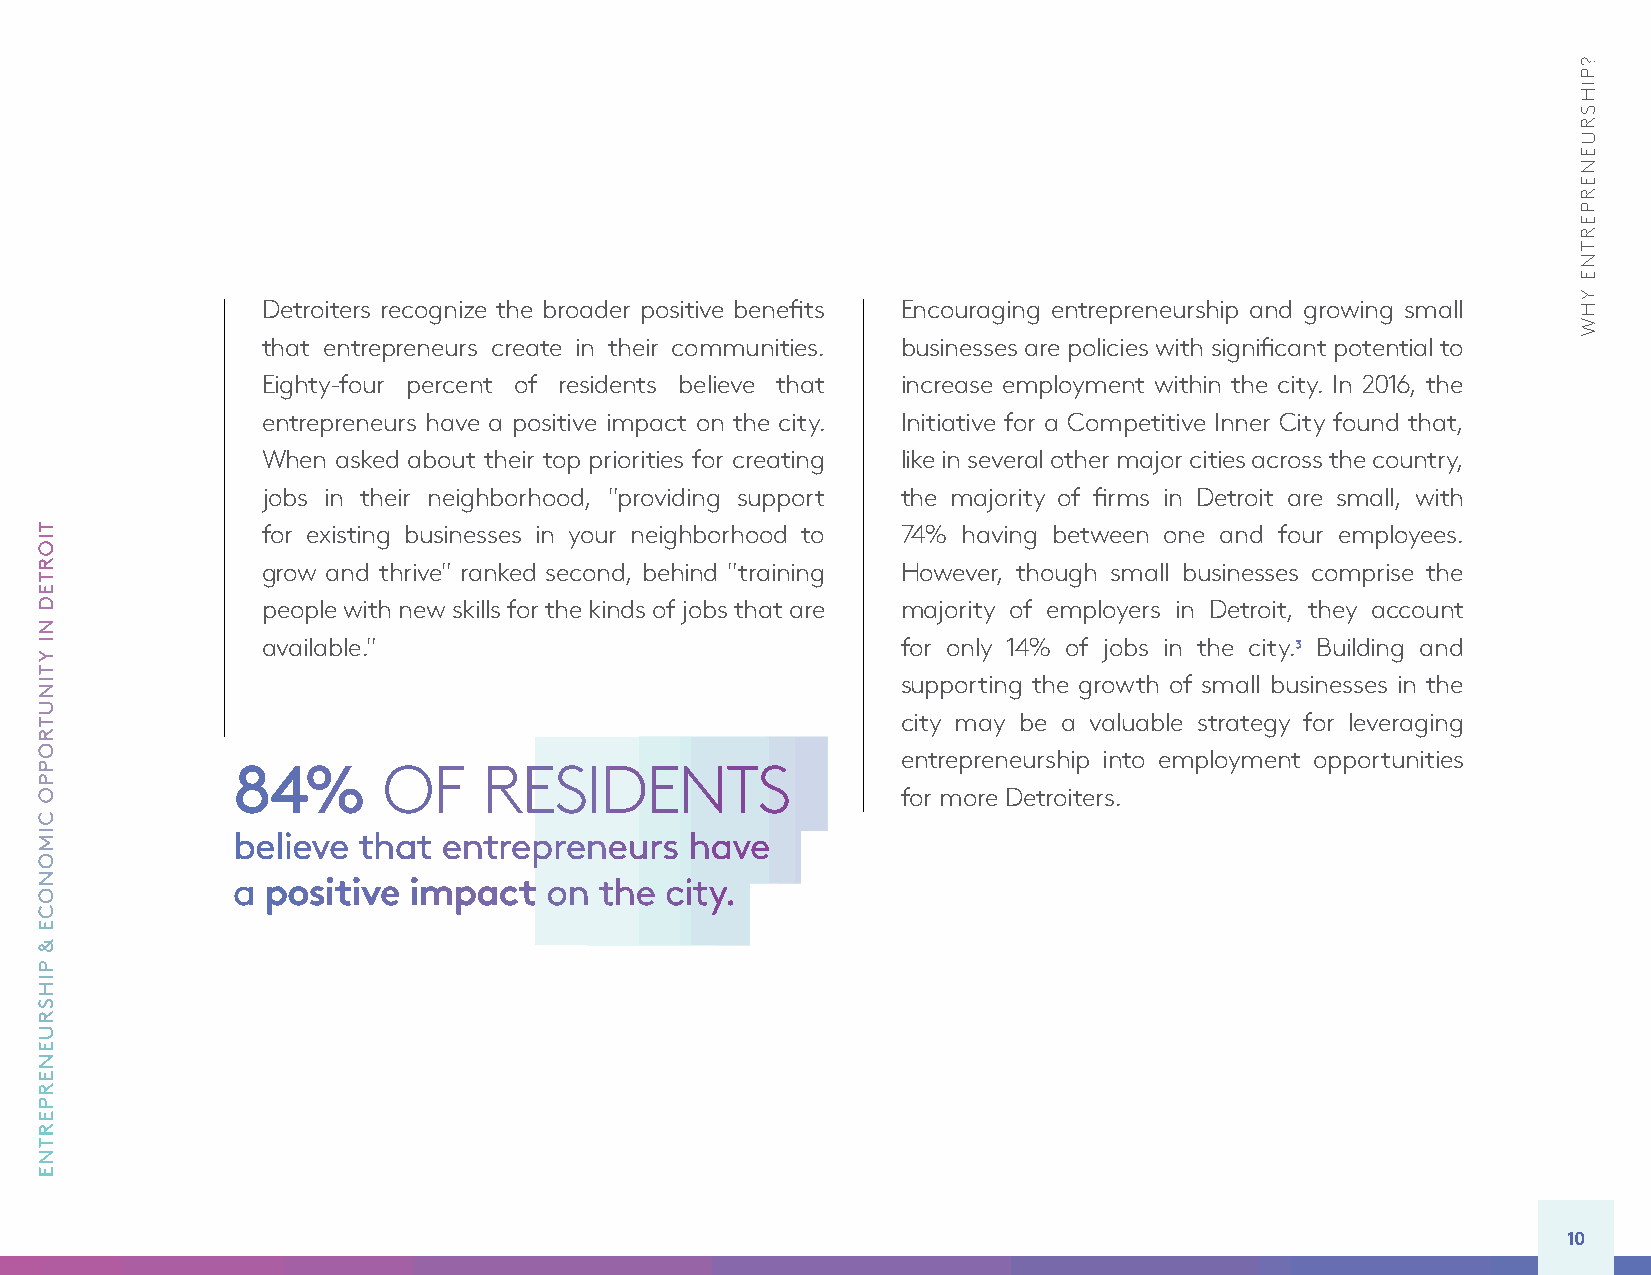
Detroiters recognize the broader positive benefits Encouraging entrepreneurship and growing small
 that entrepreneurs create in their communities. businesses are policies with significant potential to
 Eighty-four percent of residents believe that increase employment within the city. In 2016, the
 entrepreneurs have a positive impact on the city. Initiative for a Competitive Inner City found that,
 When asked about their top priorities for creating like in several other major cities across the country,
 jobs in their neighborhood, "providing support the majority of firms in Detroit are small, with
 for existing businesses in your neighborhood to 74% having between one and four employees.
 grow and thrive" ranked second, behind "training However, though small businesses comprise the
 people with new skills for the kinds of jobs that are majority of employers in Detroit, they account
 available."                                for only 14% of jobs in the city.3 Building and
 supporting the growth of small businesses in the
 city may be a valuable strategy for leveraging
 entrepreneurship into employment opportunities
 84%       OF     RESIDENTS
 for more Detroiters.
 believe  that entrepreneurs    have
 a positive  impact   on  the city.
 10
 TIORTED
 NI
 YTINUTROPPO
 CIMONOCE
 &
 PIHSRUENERPERTNE
 ?PIHSRUENERPERTNE
 YHW